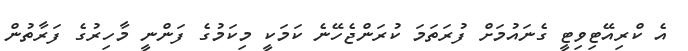
އެ ކްރިއޭޓިވިޓީ ގެނައުމަށް ފުރަތަމަ ކުރަންޖެހޭނެ ކަމަކީ މިކަމުގެ ފަންނީ މާހިރުގެ ފަރާތުން